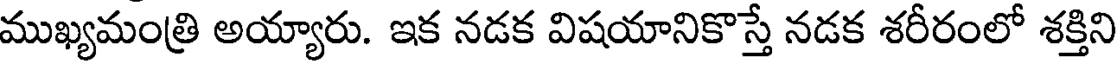
ముఖ్యమంత్రి అయ్యారు. ఇక నడక విషయానికొస్తే నడక శరీరంలో శక్తిని